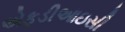
એફડીઆઇસી